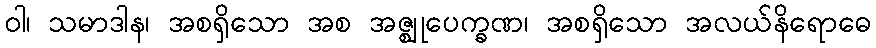
ဝါ၊ သမာဒါန၊ အစရှိသော အစ အဇ္ဈုပေက္ခဏ၊ အစရှိသော အလယ်နိရောဓေ